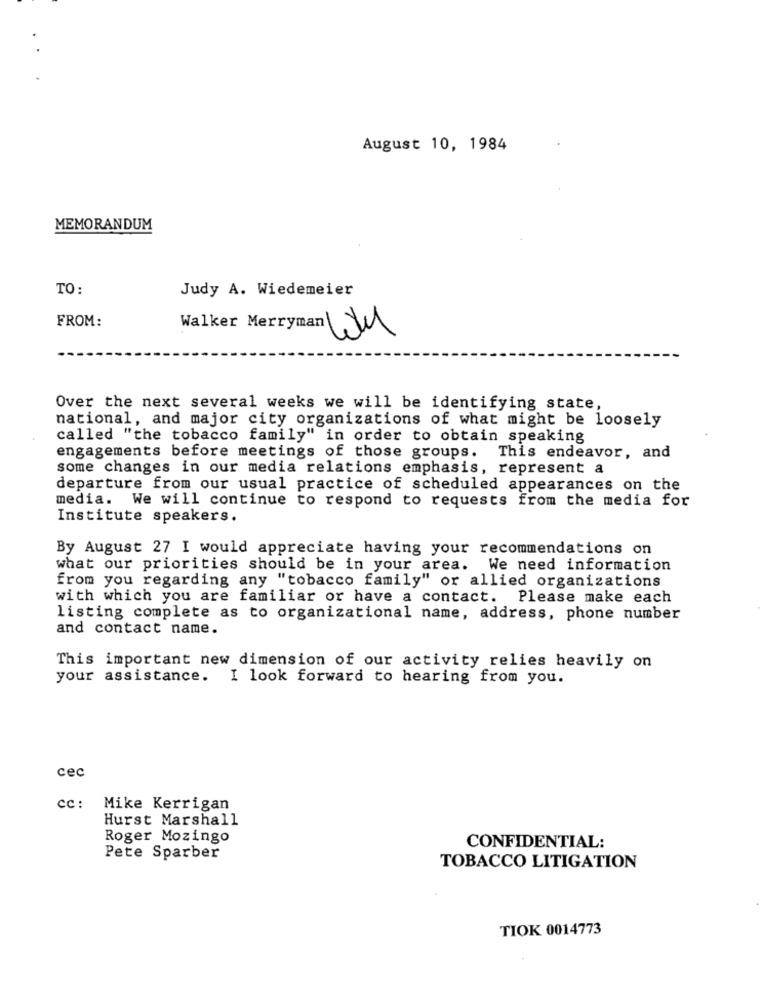
August 10, 1984
MEMORANDUM
TO:
Judy A. Wiedemeier
FROM:
Walker Merryman
Over the next several weeks we will be identifying state,
national, and major city organizations of what might be loosely
called "the tobacco family" in order to obtain speaking
engagements before meetings of those groups. This endeavor, and
some changes in our media relations emphasis, represent a
departure from our usual practice of scheduled appearances on the
media. We will continue to respond to requests from the media for
Institute speakers.
By August 27 I would appreciate having your recommendations on
what our priorities should be in your area. We need information
from you regarding any "tobacco family" or allied organizations
with which you are familiar or have a contact. Please make each
listing complete as to organizational name, address, phone number
and contact name.
This important new dimension of our activity relies heavily on
your assistance. I look forward to hearing from you.
cec
cc :
Mike Kerrigan
Hurst Marshall
Roger Mozingo
CONFIDENTIAL:
Pete Sparber
TOBACCO LITIGATION
TIOK 0014773